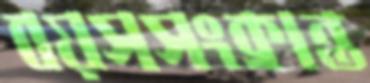
বয়সসংক্রান্ত